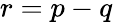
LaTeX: r=p-q